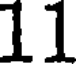
11